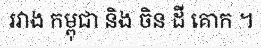
រវាង កម្ពុជា និង ចិន ដី គោក ។